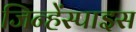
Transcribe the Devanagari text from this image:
जिन्हेंस्पाइस